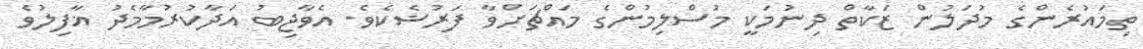
ތިމައުރެންގެ މުދަލުން ޒަކާތް ދިނުމަކީ މުސްލިމުންގެ މައްޗަށްވާ ފަރުޟެކެވެ. އެވާޖިބު އަދާކުރުމާމެދު ޣާފިލުވެ